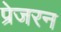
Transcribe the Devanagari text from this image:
प्रेजरन